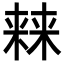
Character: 𣘐